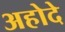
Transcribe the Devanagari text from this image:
अहोदे